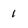
Character: 1